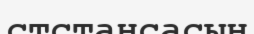
стстансасын